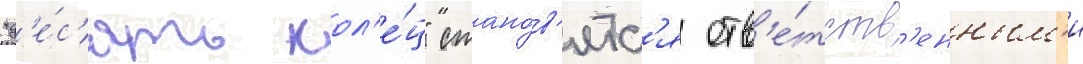
"д'е́с'ять кол'е́ц" стано́в'ятс'я отв'е́тств'енным'и